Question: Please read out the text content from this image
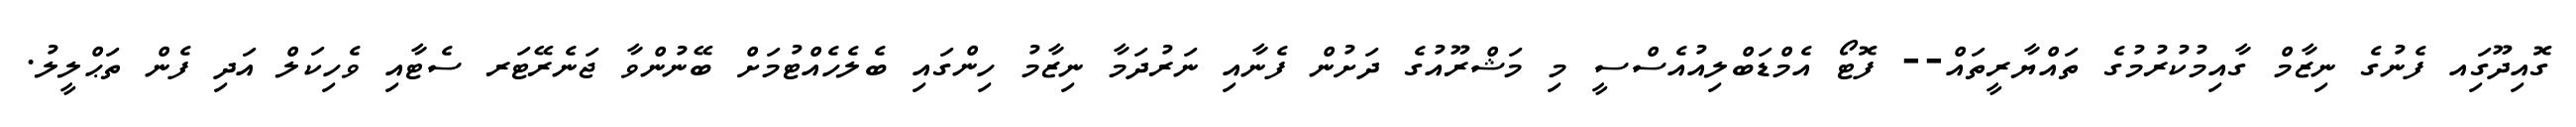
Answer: ގޮއިދޫގަިއ ފެނުގެ ނިޒާމް ގާއިމުކުރުމުގެ ތައްޔާރީތައް-- ފޮޓޯ އެމްޑަބްލިއުއެސްސީ މި މަޝްރޫއުގެ ދަށުން ފެނާއި ނަރުދަމާ ނިޒާމު ހިންގައި ބެލެހެއްޓުމަށް ބޭނުންވާ ޖަނެރޭޓަރ ސެޓާއި ވެހިކަލް އަދި ފެން ތަޙްލީލު.